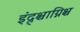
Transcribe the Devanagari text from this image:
इंद्र्श्चाग्निश्च